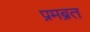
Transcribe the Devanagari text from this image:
प्रमब्रत